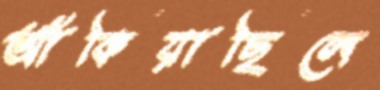
আঁকিয়াছিলে